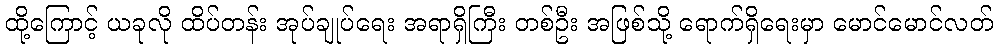
ထို့ကြောင့် ယခုလို ထိပ်တန်း အုပ်ချုပ်ရေး အရာရှိကြီး တစ်ဦး အဖြစ်သို့ ရောက်ရှိရေးမှာ မောင်မောင်လတ်